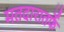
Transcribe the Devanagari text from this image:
मतदारातर्फे